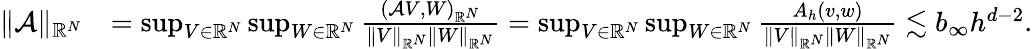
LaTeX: \begin{array}{rl}{\| \mathcal{A}\| _{\mathbb{R}^{N}}}&{=\operatorname*{sup}_{V\in\mathbb{R}^{N}}\operatorname*{sup}_{W\in\mathbb{R}^{N}}\frac{(\mathcal{A}V,W)_{\mathbb{R}^{N}}}{\| V\| _{\mathbb{R}^{N}}\| W\| _{\mathbb{R}^{N}}}=\operatorname*{sup}_{V\in\mathbb{R}^{N}}\operatorname*{sup}_{W\in\mathbb{R}^{N}}\frac{A_{h}(v,w)}{\| V\| _{\mathbb{R}^{N}}\| W\| _{\mathbb{R}^{N}}}\lesssim b_{\infty}h^{d-2}.}\end{array}